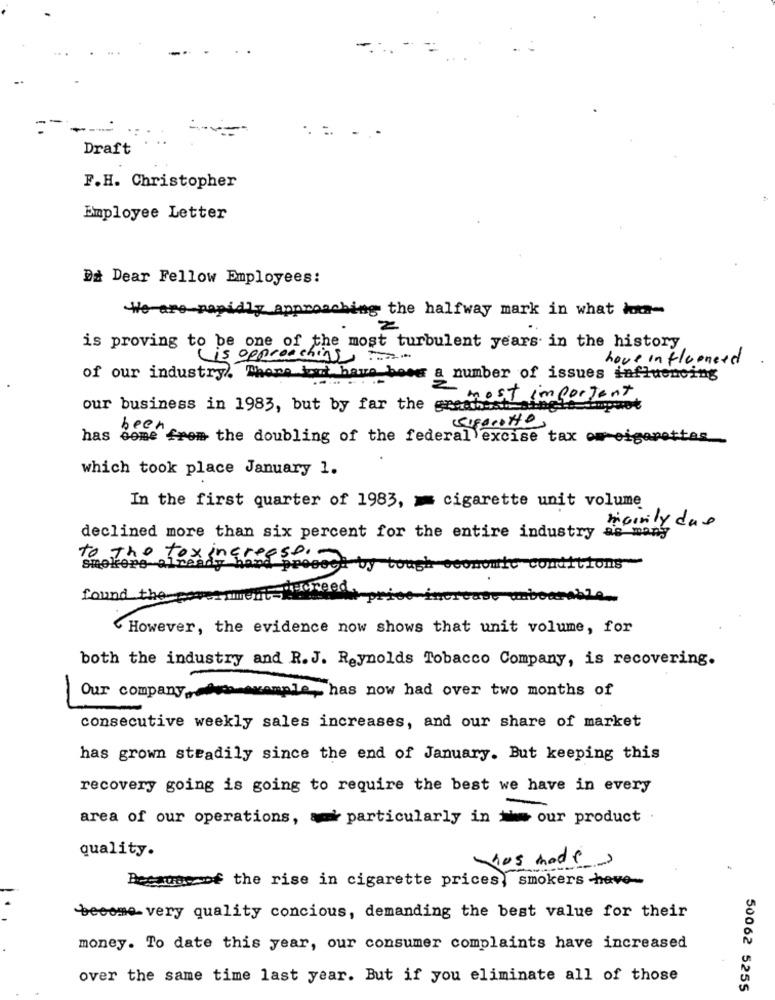
-
-
Draft
F.H. Christopher
Employee Letter
Da Dear Fellow Employees:
We are rapidly approaching the halfway mark in what ka-
is proving to be one of the most turbulent years in the history
is approaching.
hove influenced
of our industry). Thene tout have beee a number of issues influencing
most important
our business in 1983, but by far the greatest
Siporotto
has come from the doubling of the federal excise tax om cigarettes
which took place January 1.
In the first quarter of 1983, = cigarette unit volume
maisily due
declined more than six percent for the entire industry
as many
to The Fox increase . .
smokere-
hand preeoch by tough economic conditions
found the permanent -creed
rice increase unbearable ..
However, the evidence now shows that unit volume, for
both the industry and R.J. Reynolds Tobacco Company, is recovering.
Our company,An example , has now had over two months of
consecutive weekly sales increases, and our share of market
has grown steadily since the end of January. But keeping this
recovery going is going to require the best we have in every
area of our operations, a particularly in > our product
quality.
hus mode.
Because of the rise in cigarette prices, smokers -have-
become very quality concious, demanding the best value for their
money. To date this year, our consumer complaints have increased
over the same time last year. But if you eliminate all of those
50062 5255